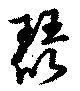
琵